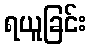
ရယူခြင်း